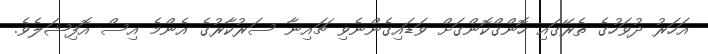
އަހަރު ދުވަހުގެ ތެރޭގައި ހޮންގްކޮންގަށް ވަޑައިގެންނެވި ޗައިނާ ސަރުކާރުގެ އެންމެ އިސް އޮފިޝަލެވެ.